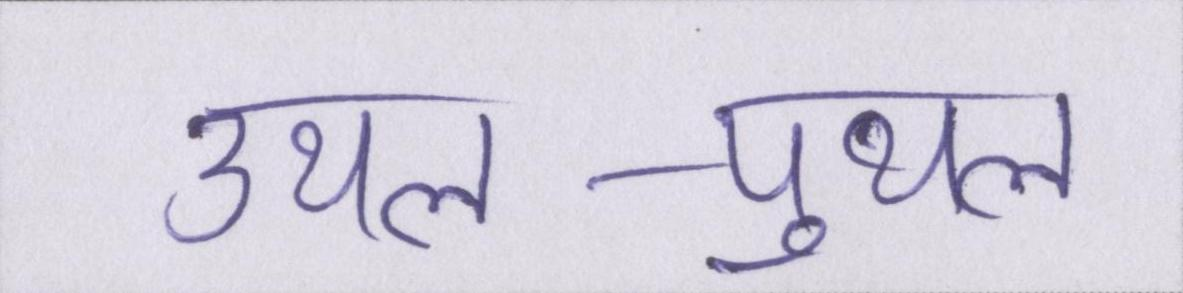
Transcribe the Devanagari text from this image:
उथल-पुथल